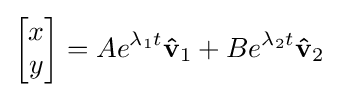
{\begin{bmatrix}x\\y\end{bmatrix}}=Ae^{\lambda _{1}t}\mathbf {\hat {v}} _{1}+Be^{\lambda _{2}t}\mathbf {\hat {v}} _{2}